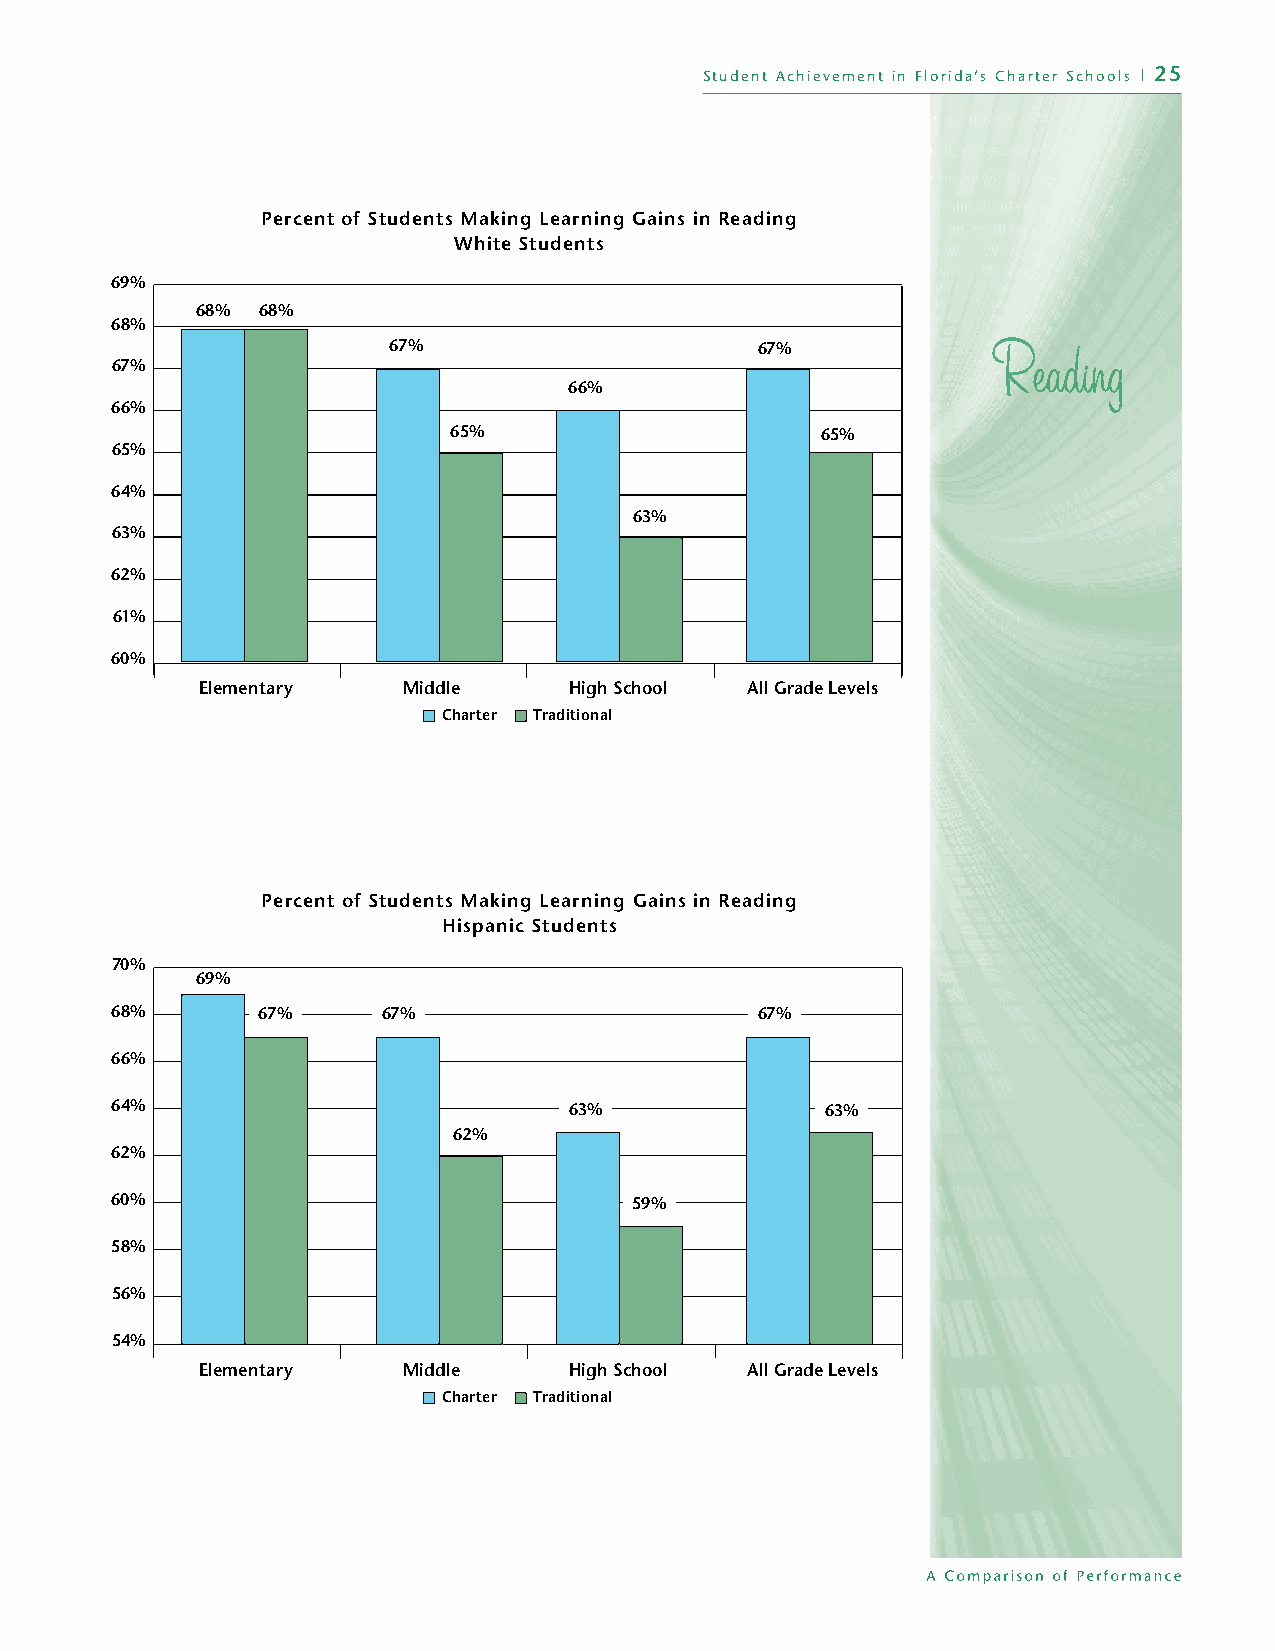
Student Achievement in Florida’s Charter Schools | 25
 Percent of Students Making Learning Gains in Reading
 White Students
 69%
 68% 68%
 68%
 67%                     67%
 67%
 66%
 66%
 65%                     65%
 65%
 64%
 63%
 63%
 62%
 61%
 60%
 Elementary    Middle     High School All Grade Levels
 Charter Traditional
 Percent of Students Making Learning Gains in Reading
 Hispanic Students
 70%
 69%
 68%       67%     67%                      67%
 66%
 64%                            63%              63%
 62%
 62%
 60%                                59%
 58%
 56%
 54%
 Elementary    Middle     High School All Grade Levels
 Charter Traditional